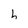
Character: h